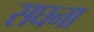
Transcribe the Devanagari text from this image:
सघना